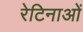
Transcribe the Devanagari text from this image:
रेटिनाओं